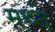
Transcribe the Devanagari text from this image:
मध्दे